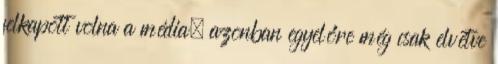
felkapott volna a média, azonban egyelőre még csak elvétve